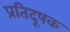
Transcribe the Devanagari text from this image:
प्रतिदूषक